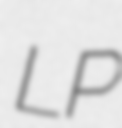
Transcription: LP